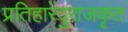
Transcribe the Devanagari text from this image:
प्रतिहारेंदुराजकृत